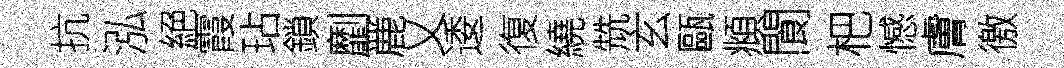
抗泓絕霞玷鎖劘䴡乂逶復繞兟玄甌頫閬杷憾膚徼